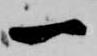
一